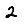
Digit: 2